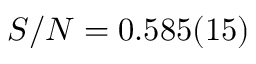
S / N = 0 . 5 8 5 ( 1 5 )